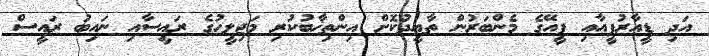
އަދި ޑީއާރުޕީއާއި ޕީއޭގެ މެންބަރުން ތާއީދުކޮށް އިންތިޚާބުކުރި މަޖިލީހުގެ ރައީސާއި ނައިބު ރައީސް